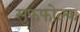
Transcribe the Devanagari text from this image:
सुफफोल्क